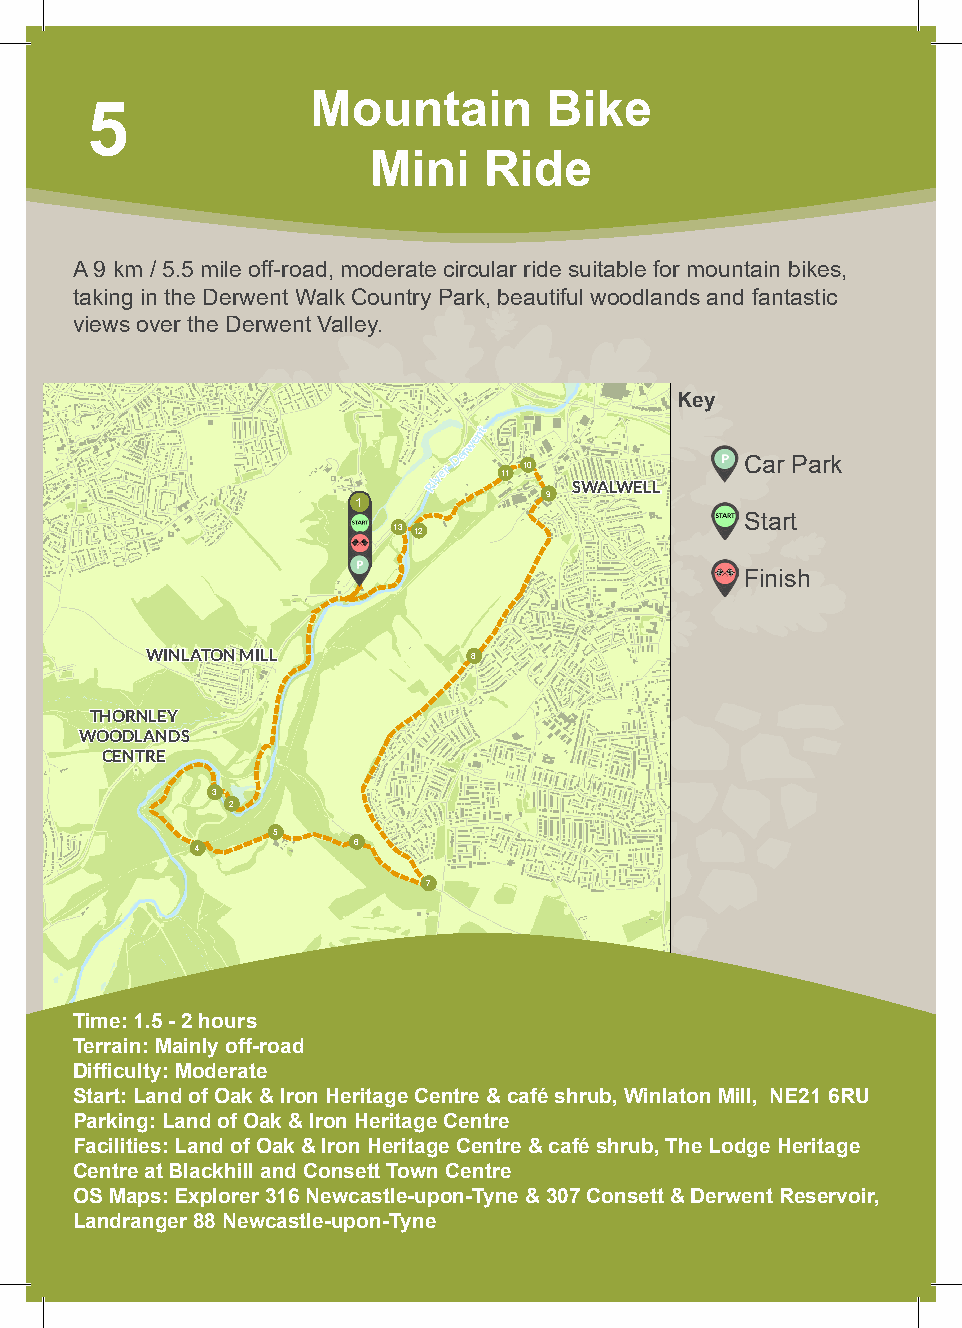
Mountain       Bike
 5
 Mini    Ride
 A 9 km / 5.5 mile off-road, moderate circular ride suitable for mountain bikes,
 taking in the Derwent Walk Country Park, beautiful woodlands and fantastic
 views over the Derwent Valley.
 Key
 went
 River
 Der
 11
 10
 SWALWELL
 Car Park
 9
 1
 Start
 13 12
 Finish
 WINLATON MILL        8
 THORNLEY
 WOODLANDS
 CENTRE
 3
 2
 5
 6
 4
 7
 Time: 1.5 - 2 hours
 Terrain: Mainly off-road
 Difficulty: Moderate
 Start: Land of Oak & Iron Heritage Centre & café shrub, Winlaton Mill, NE21 6RU
 Parking: Land of Oak & Iron Heritage Centre
 Facilities: Land of Oak & Iron Heritage Centre & café shrub, The Lodge Heritage
 Centre at Blackhill and Consett Town Centre
 OS Maps: Explorer 316 Newcastle-upon-Tyne & 307 Consett & Derwent Reservoir,
 Landranger 88 Newcastle-upon-Tyne